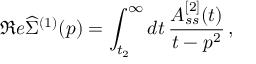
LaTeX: \Re e \widehat { \Sigma } ^ { ( 1 ) } ( p ) = \int _ { t _ { 2 } } ^ { \infty } d t \, \frac { A _ { s s } ^ { [ 2 ] } ( t ) } { t - p ^ { 2 } } \, ,